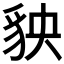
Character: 𧲱